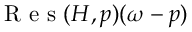
\mathrm { ~ R ~ e ~ s ~ } ( H , p ) ( \omega - p )